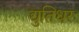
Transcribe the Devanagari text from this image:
द्युतिधरः